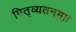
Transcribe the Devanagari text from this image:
पितृव्यतनमाः